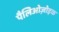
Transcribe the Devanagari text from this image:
पैलिओज़ोइक